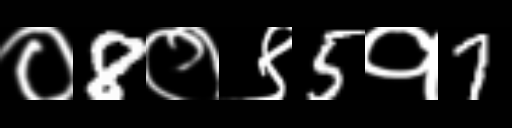
Text: ०8०९5१7